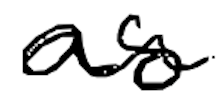
Text: as
Cross-out: wave
Writing tool: digital_black